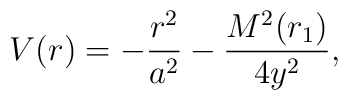
V(r) = - \frac{r^2}{a^2} - \frac{M^2(r_1)}{4 y^2},